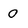
Character: O